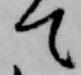
て